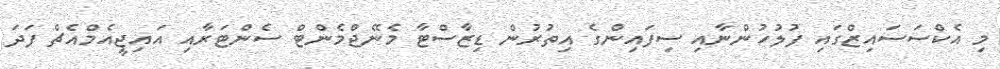
މި އެކްސަސައިޒްގައި ފުލުހުންނާއި ސިފައިންގެ އިތުރުން ޑިޒާސްޓާ މެނޭޖްމެންޓް ސެންޓަރާއި އައިޖީއެމްއެޗް ފަދަ